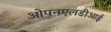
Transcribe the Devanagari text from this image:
ओपनएलडीआई